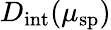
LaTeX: D_{\mathrm{int}}(\mu_{\mathrm{sp}})